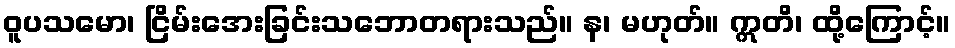
ဝူပသမော၊ ငြိမ်းအေးခြင်းသဘောတရားသည်။ န၊ မဟုတ်။ ဣတိ၊ ထို့ကြောင့်။